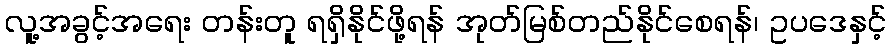
လူ့အခွင့်အရေး တန်းတူ ရရှိနိုင်ဖို့ရန် အုတ်မြစ်တည်နိုင်စေရန်၊ ဥပဒေနှင့်